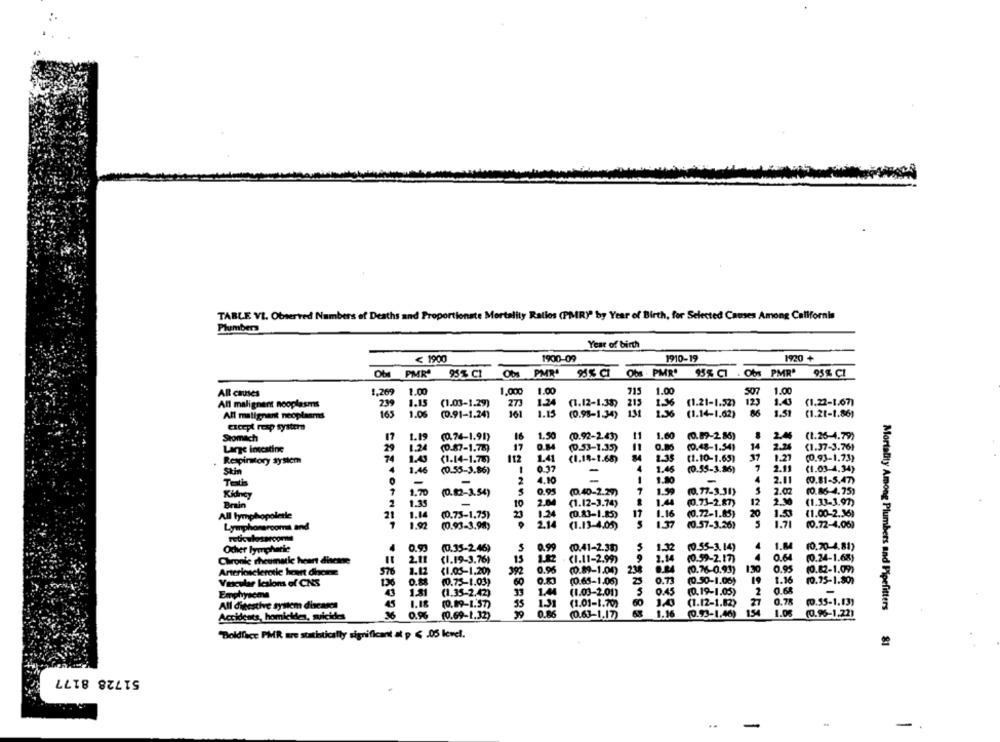
TABLE VI. Observed Numbers of Deaths and Proportionste Mortality Ratios (PMIRY" by Year of Birth, for Selected Causes Among California
Plumber
Year of birth
1910-19
1920 +
< 1900
1900-09
Obs PMR' 95% CI
Obs PMR 95% CI
Obs . PMR' 95% CI . Obs PMR'
95% CI
All causes
1.269
1.00
1.000
1.00
715
1.00
1.00
123
1.4
All malignant neoplasms
239
1.15
(1.03-1.29)
27
1.24
(1.12-1.38) 213
1-36
(1.21-1.52)
(1.22-1.67)
All malignant neoplasms
165
1.06
(0.91-1.24)
161
1.13
(0.98-1.34)
131
1.36
(1.14-1.62)
86
1.51
(1.21-1.86)
except resp system
Stomach
17
(0.74-1.91)
16
1.50
(0.92-2.43)
11
1.60
(0.87-2.85)
2.45
(1.26-4.79)
1.24
O.M4
11
0.80
(0.48-1.54)
14
2.24
(1.37-3.76)
Large intestine
29
(0-87-1.749
17
(0.53-1.35)
Respiratory system
74
(1-14-1.78)
112
1.41
(1.18-1.68)
2.35
(1.10-1.65)
37
1.27
(0.93-1.73)
0.37
4
1.46
(0.55-3.86)
7
2.11
(1.03-4.34)
Stin
4
1.46
(0.55-3.86)
-
Toth
-
2
4.10
-
1.80
2.11
(0.81-5.47)
1.50
2.02
(0.86-4.75)
Kidney
1.70
(0.82-3.54)
0.95
(0.40-2.29)
7
(0.77-3.30)
2
1.15
-
10
2.04
(1.12-3.74)
1.44
(0.73-2.87)
12
2.30
(1.33-3.97)
1.24
1.16
(0.72-1.85)
20
1.50
(1.00-2.36)
All lymphopolerle
21
1.14
(0.75-1,75)
23
(0.83-1.85)
17
Lymphoneroomi and
1.92
(0.93-3.98)
2.14
(1.13-4.05)
1.37
(0.57-3.26)
5
1.71
(0.72-4.06)
reticulosaroom !!
Oder lyonphere
(0.35-2.46)
0.99
(0.41-2.38)
1.32
(0.55-3.14)
4
1.M
(0.70-4.81)
4
0.64
(0.24-1.68)
Chronie rheumatle heart disease
2.11
(1.19-3.76)
15
(1.11-2.99)
2.14
(0.59-2.17)
Arteriosclerotle heart dhenne
576
(1.05-1.20)
392
0.96
(0.89-1.00)
(0.76-0.93)
130
0.95
(0.82-1.09)
0.73
19
1.16
Vascular lesions of CNS
136
(0.75-1.03)
60
(0.65-1.06)
(0.50-1.06)
10.75-1.807
1.81
(1.35-2.42)
1.44
(1.03-2.01)
0.45
(0.19-1.05)
Emphysema
1.I
131
(1.12-1.62)
0.78
(0.55-1.13)
All digestive system diseases
45
(0.89-1.57)
55
(1.01-1.70)
Mortality Among Plumbers and Pipefitters
Accidents, homickdes, suicides
36
0.9%
(0.69-1.32)
29
(0.63-1.17)
1.16
(0.93-1.46)
154
1.00
(0.96-1.22)
"Boldface PMR are statistically significant at p < . 05 level.
51728 8177
-